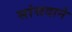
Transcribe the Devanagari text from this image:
सांसदाने